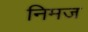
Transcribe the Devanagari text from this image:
निमज